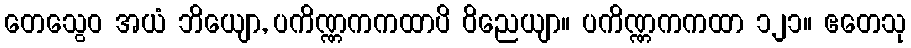
တေသွေဝ အယံ ဘိယျော, ပကိဏ္ဏကကထာပိ ဝိညေယျာ။ ပကိဏ္ဏကကထာ ၁၂၁။ ဧတေသု